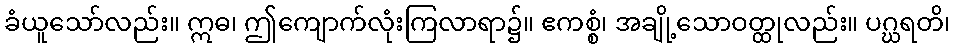
ခံယူသော်လည်း။ ဣဓ၊ ဤကျောက်လုံးကြလာရာ၌။ ဧကစ္စံ၊ အချို့သောဝတ္ထုလည်း။ ပဂ္ဃရတိ၊